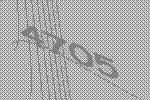
4705